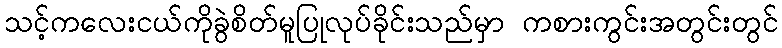
သင့်ကလေးငယ်ကိုခွဲစိတ်မူပြုလုပ်ခိုင်းသည်မှာ ကစားကွင်းအတွင်းတွင်